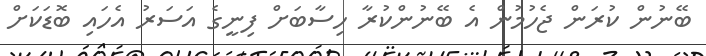
ބޭނުން ކުރަން ޖެހުމުން އެ ބޭނުންކުރާ ހިސާބަށް ފިނީގެ އަސަރު އެހައި ބޮޑަކަށް